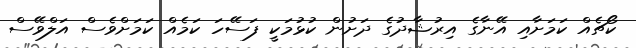
ކޯޗެއް ކަމަށާއި އޭނާގެ އިރުޝާދުގެ ދަށުން ކުޅުމަކީ ފަސޭހަ ކަމެއް ކަމަށްވެސް އަލްވޭސް